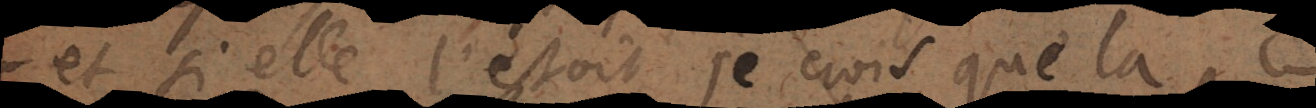
et si elle l’estoit, je crois que la